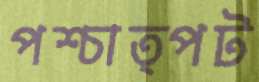
পশ্চাত্পট